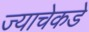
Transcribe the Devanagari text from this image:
ज्याचेकडे